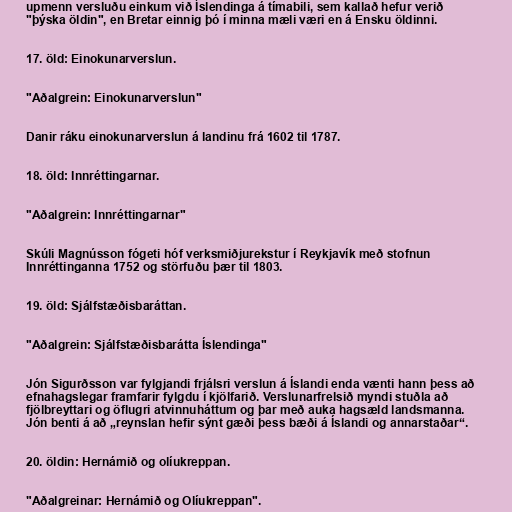
upmenn versluðu einkum við Íslendinga á tímabili, sem kallað hefur verið
"þýska öldin", en Bretar einnig þó í minna mæli væri en á Ensku öldinni.

17. öld: Einokunarverslun.

"Aðalgrein: Einokunarverslun"

Danir ráku einokunarverslun á landinu frá 1602 til 1787.

18. öld: Innréttingarnar.

"Aðalgrein: Innréttingarnar"

Skúli Magnússon fógeti hóf verksmiðjurekstur í Reykjavík með stofnun
Innréttinganna 1752 og störfuðu þær til 1803.

19. öld: Sjálfstæðisbaráttan.

"Aðalgrein: Sjálfstæðisbarátta Íslendinga"

Jón Sigurðsson var fylgjandi frjálsri verslun á Íslandi enda vænti hann þess að
efnahagslegar framfarir fylgdu í kjölfarið. Verslunarfrelsið myndi stuðla að
fjölbreyttari og öflugri atvinnuháttum og þar með auka hagsæld landsmanna.
Jón benti á að „reynslan hefir sýnt gæði þess bæði á Íslandi og annarstaðar“.

20. öldin: Hernámið og olíukreppan.

"Aðalgreinar: Hernámið og Olíukreppan".